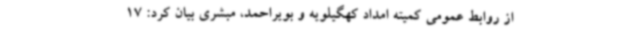
از روابط عمومی کمیته امداد کهگیلویه و بویراحمد، مبشری بیان کرد: 17